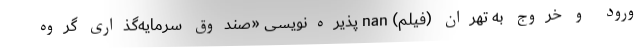
ورود و خروج به تهران (فیلم) nan پذیره‌نویسی «صندوق سرمایه‌گذاری گروه